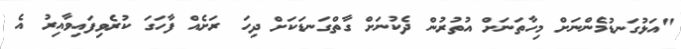
"އަޅުގަނޑުމެންނަށް މިހާތަނަށް އުތުރުން ދެކުނަށް ގާތްގަނޑަކަށް ދިހަ ރަށެއް ފާހަގަ ކުރެވިފައިވާއިރު އެ